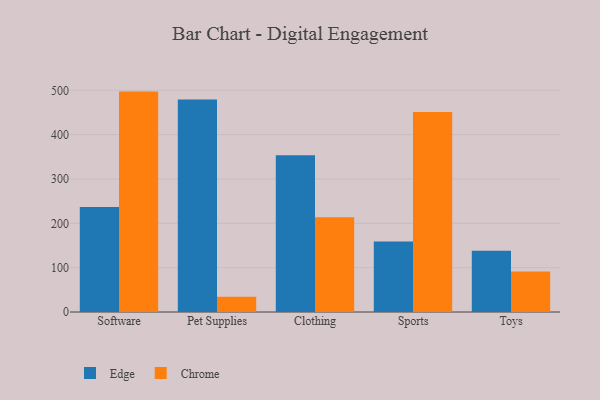
{"axis": {"x": "Category", "y": "Active Users"}, "legend": ["Chrome", "Edge"], "data": [{"x": "Software", "y": 236.8, "type": "Edge"}, {"x": "Software", "y": 497.1, "type": "Chrome"}, {"x": "Pet Supplies", "y": 479.3, "type": "Edge"}, {"x": "Pet Supplies", "y": 34.5, "type": "Chrome"}, {"x": "Clothing", "y": 353.3, "type": "Edge"}, {"x": "Clothing", "y": 213.5, "type": "Chrome"}, {"x": "Sports", "y": 159.0, "type": "Edge"}, {"x": "Sports", "y": 451.2, "type": "Chrome"}, {"x": "Toys", "y": 137.9, "type": "Edge"}, {"x": "Toys", "y": 91.1, "type": "Chrome"}]}